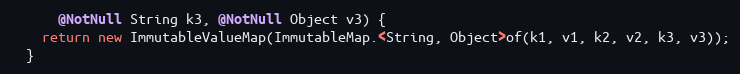
Language: Java
      @NotNull String k3, @NotNull Object v3) {
    return new ImmutableValueMap(ImmutableMap.<String, Object>of(k1, v1, k2, v2, k3, v3));
  }